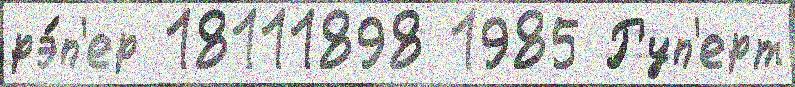
рэ́п'ер 18111898 1985 Руп'ерт